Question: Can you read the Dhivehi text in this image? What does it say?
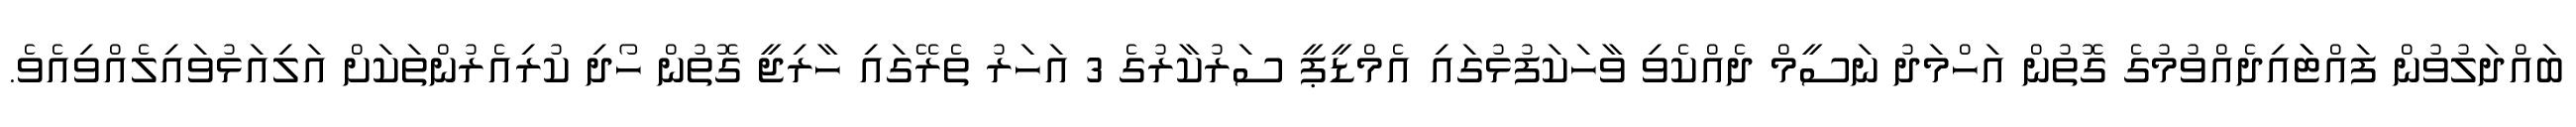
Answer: ބައްދަލުވުން ފައްޓަައިދެއްވުމުގެ ގޮތުން އަހްމަދު ނަސީމް ދެއްކެވި ވާހަކަފުޅުގައި އެމްޑީޕީ ސަރުކާރުގެ 3 އަހަރު ތެރޭގައި ހާރިޖީ ގޮތުން ހޯދި ކުރިއެރުންތަކަށް އަލިއަޅުވައިލެއްވިއެވެ.